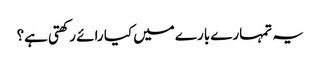
یہ تمہارے بارے میں کیا رائے رکھتی ہے؟